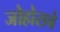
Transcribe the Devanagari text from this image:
जोहोराचे